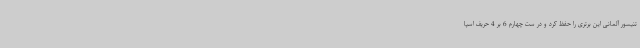
تنیسور آلمانی این برتری را حفظ کرد و در ست چهارم 6 بر 4 حریف اسپا